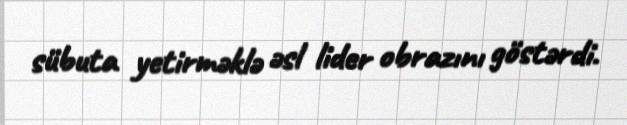
sübuta yetirməklə əsl lider obrazını göstərdi.